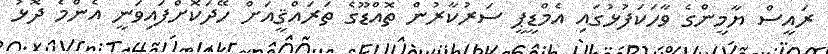
ރައީސް ޔާމީންގެ ވާހަކަފުޅުގައި އެމްޑީޕީ ސަރުކާރުން ތޮއްޑޫގެ ތަރައްޤީއަށް ހޭދަކޮށްފައިވަނީ އެންމެ ދޮޅު